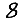
Digit: 8